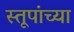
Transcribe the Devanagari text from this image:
स्तूपांच्या